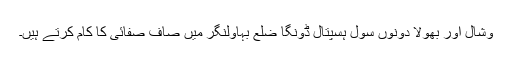
وشال اور بھولا دونوں سول ہسپتال ڈونگا ضلع بہاولنگر میں صاف صفائی کا کام کرتے ہیں۔